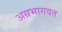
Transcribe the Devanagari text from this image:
अग्रभागवत